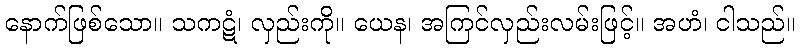
နောက်ဖြစ်သော။ သကဋံ၊ လှည်းကို။ ယေန၊ အကြင်လှည်းလမ်းဖြင့်။ အဟံ၊ ငါသည်။